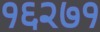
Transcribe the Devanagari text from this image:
१६२७१